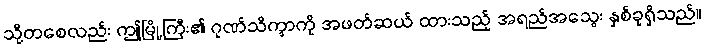
သို့တစေလည်း ဤမြို့ကြီး၏ ဂုဏ်သိက္ခာကို အဖတ်ဆယ် ထားသည့် အရည်အသွေး နှစ်ခုရှိသည်။